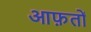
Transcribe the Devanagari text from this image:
आफ़तों